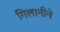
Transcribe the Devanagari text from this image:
गिलानीने